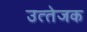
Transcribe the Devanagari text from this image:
उत्‍तेजक